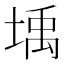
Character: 㙖